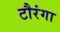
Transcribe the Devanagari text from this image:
टौरंगा